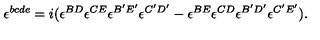
\epsilon ^ { b c d e } = i ( \epsilon ^ { B D } \epsilon ^ { C E } \epsilon ^ { B ^ { \prime } E ^ { \prime } } \epsilon ^ { C ^ { \prime } D ^ { \prime } } - \epsilon ^ { B E } \epsilon ^ { C D } \epsilon ^ { B ^ { \prime } D ^ { \prime } } \epsilon ^ { C ^ { \prime } E ^ { \prime } } ) .